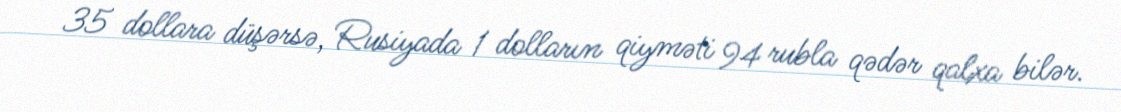
35 dollara düşərsə, Rusiyada 1 dolların qiyməti 94 rubla qədər qalxa bilər.